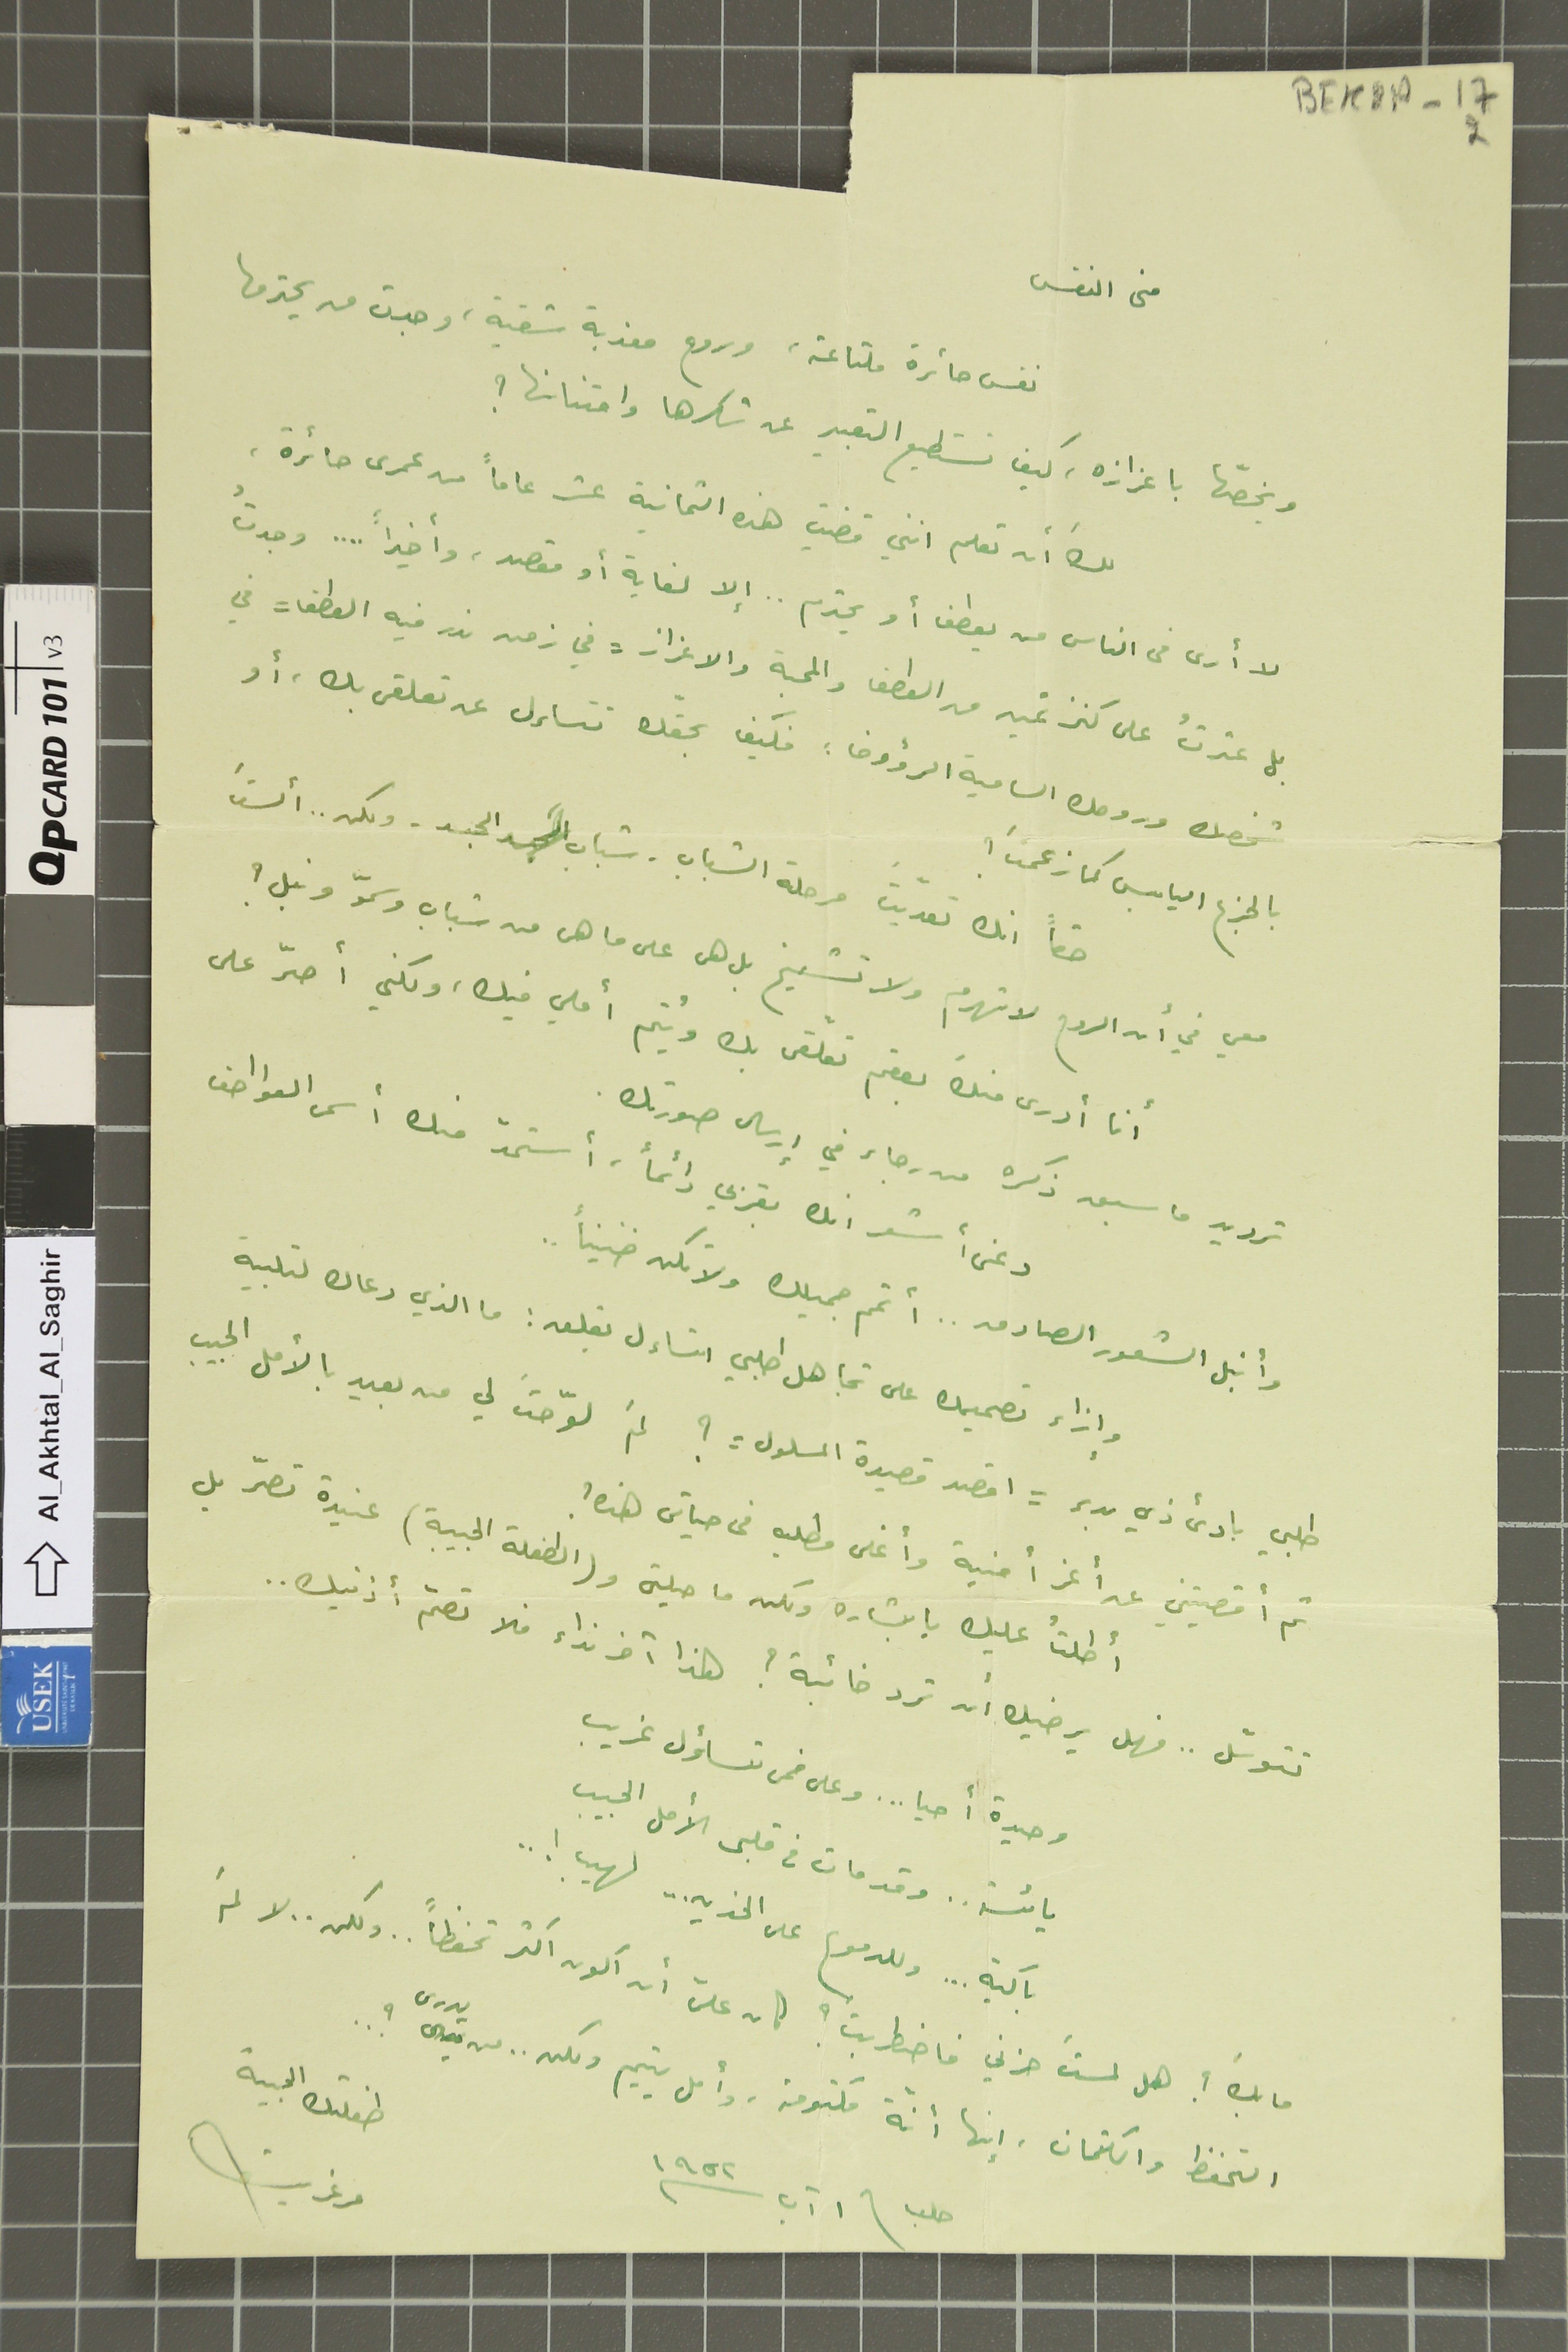
BEK2A-17 2
منى النفس
نفس حائرة ملتاعة، وروح معذبة شقية، وجدت من يحترمها
ويخصّها باعزازه، كيف نستطيع التعبير عن شكرها وامتنانها ؟
لك أن تعلم انني قضيت هذه الثمانية عشر عاماً من عمرى حائرة،
لا أرى فى الناس من يعطف أو يحترم .. إلا لغاية أو مقصد، وأخيراً .... وجدتُ
بل عثرتُ على كنز ثمين من العطف والمحبة والاعزاز = في زمن ندر فيه العطف = في
شخصك وروحك السامية الرؤوف : فكيف بحقّك تتساءل عن تعلقى بك، أو
بالجزع اليابس كما زعمتَ ؟
حقاً انك تعدّيت مرحلة الشباب - شباب الجسد - ولكن .. ألستَ
معي في أن الروح لا تهرم ولا تشيخ بل هى على ما هى من شباب وسموّ ونبل ؟
أنا أدرى منك بعقم تعلّقى بك ويُتم أملي فيك، ولكني أصرّ على
ترديد ما سبق ذكره من رجاء في إرسال صورتك.
دعنى أشعر انك بقربي دائماً، أستمدّ منك أسمى العواطف
وأنبل الشعور الصادق .. أتمم جميلك ولا تكن ضنيناً ..
وإزاء تصميده على تجاهل طلبي اتساءل بقلق : ما الذي دعاك لتلبية
طلبي بادئ ذي بدء = اقصد قصيدة المسلول = ؟ لمَ لوّحت لي من بعيد بالأمل الحبيب
ثم أقصيتني عن أعز أمنية وأغلى مطلبه فى حياتى هذه ؟
أطلتٌ عليك يا بشاره ولكن ما حيلتى و(الطفلة الحبيبة) عنيدة تصرّ بل
تتوسّل .. فهل يرضيك أن ترد خائبة ؟ هذا آخر نداء فلا تصمّ أذنيك ..
وحيدة أحيا ... وعلى فمى تساؤل غريب
يائسة .. وقد مات فى قلبى الأمل الحبيب
باكية ... وللدموع على الخدين ... لهيب ! ..
ما بكَ ؟ هل لمستَ حزني فاضطربت ؟ كان علىّ أن اكون اكثر تحفظاً .. ولكن .. لا لمَ
التخفظ والكتمان، إنها أنّة مكتومة، وأمل يتيم ولكن .. من يدرى ؟ ..
حلب \ ١ آب سنة ١٩٥٢
طفلتك الحبيبة مرغريت